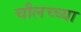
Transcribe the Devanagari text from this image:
चौलच्च्या